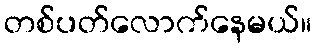
တစ်ပတ်လောက်နေမယ်။